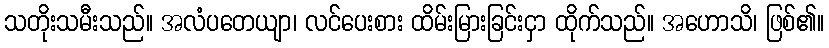
သတိုးသမီးသည်။ အလံပတေယျာ၊ လင်ပေးစား ထိမ်းမြားခြင်းငှာ ထိုက်သည်။ အဟောသိ၊ ဖြစ်၏။